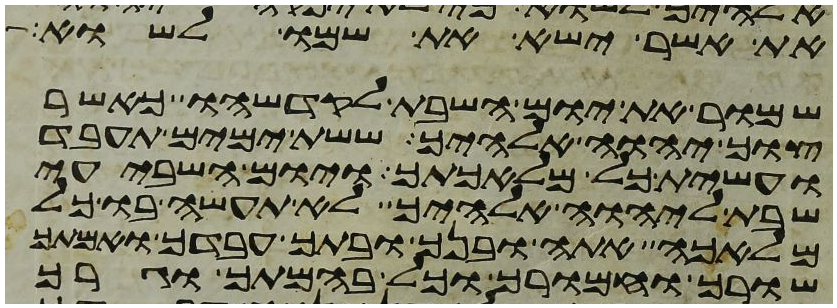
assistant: את אשר ישא את שמו לשוא
שמור את יום השבת לקדשהו כאשר
צוך יהוה אלהיך ששת ימים תעבד
ועשית כל מלאכתך ויום השביעי
שבת ליהוה אלהיך לא תעשה בו כל
מלאכה אתה ובנך ובתך עבדך ואמתך
שורך וחמורך וכל בהמתך וגרך